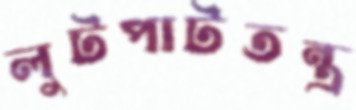
লুটপাটতন্ত্র